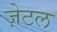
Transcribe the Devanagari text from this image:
ज़ेटल